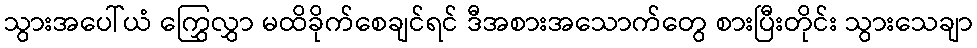
သွားအပေါ်ယံ ကြွှေလွှာ မထိခိုက်စေချင်ရင် ဒီအစားအသောက်တွေ စားပြီးတိုင်း သွားသေချာ